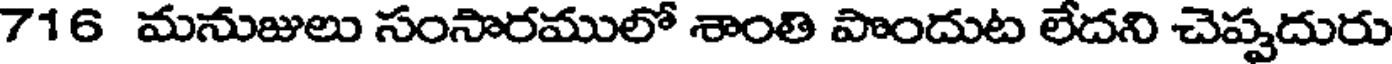
716 మనుజులు సంసారములో శాంతి పొందుట లేదని చెప్పదురు